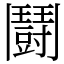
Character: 鬪